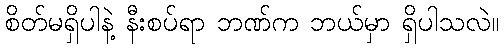
စိတ်မရှိပါနဲ့ နီးစပ်ရာ ဘဏ်က ဘယ်မှာ ရှိပါသလဲ။